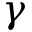
\gamma